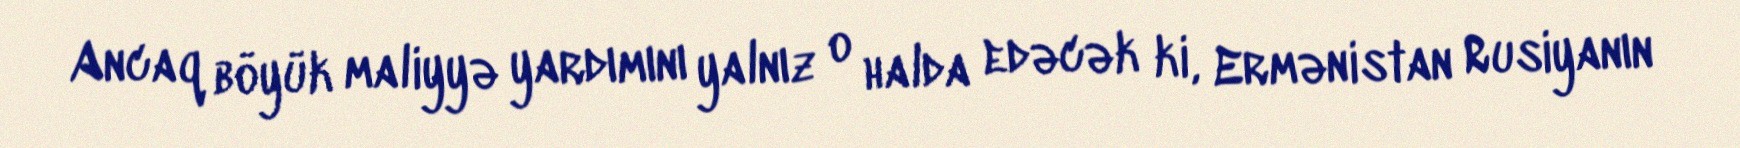
Ancaq böyük maliyyə yardımını yalnız o halda edəcək ki, Ermənistan Rusiyanın